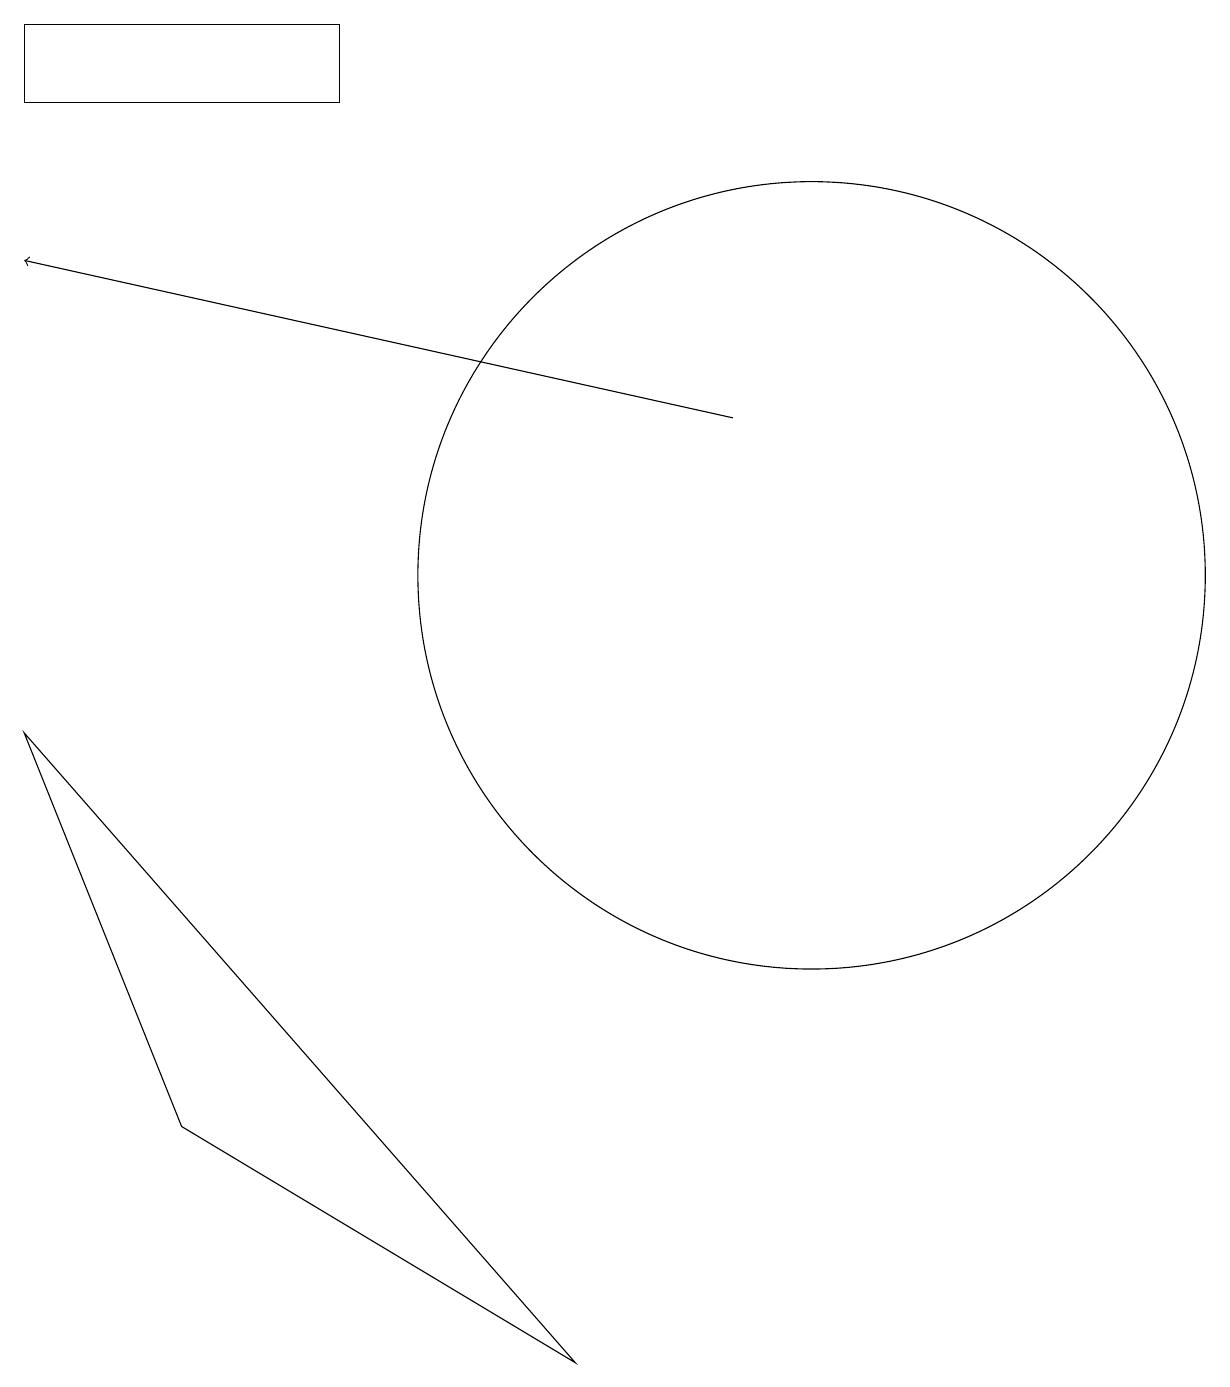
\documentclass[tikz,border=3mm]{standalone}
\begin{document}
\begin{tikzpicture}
\draw (11,10) circle (0);
\draw[->] (9,13) -- (0,15);
\draw (2,4) -- (0,9) -- (7,1) -- cycle;
\draw (4,17) rectangle (0,18);
\draw (10,11) circle (5);
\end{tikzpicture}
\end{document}